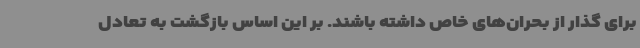
برای گذار از بحران‌های خاص داشته باشند. بر این اساس بازگشت به تعادل